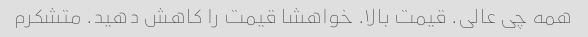
همه چی عالی. قیمت بالا. خواهشا قیمت را کاهش دهید. متشکرم